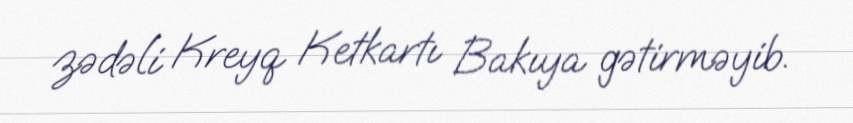
zədəli Kreyq Ketkartı Bakıya gətirməyib.